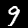
Digit: 9